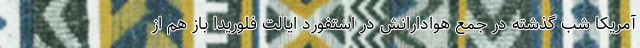
آمریکا شب گذشته در جمع هوادارانش در استفورد ایالت فلوریدا باز هم از